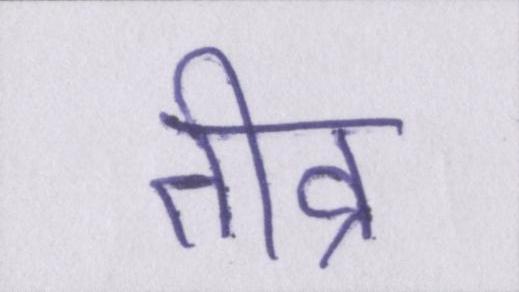
तीव्र